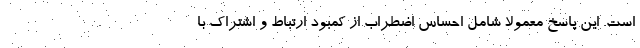
است. این پاسخ معمولاً شامل احساس اضطراب از کمبود ارتباط و اشتراک با